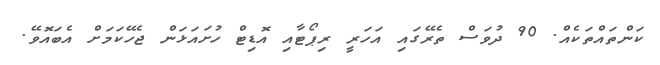
ކަންތައްތަކެއް. 90 ދުވަސް ތެރޭގައި އަހަރީ ރިޕޯޓާއި އޮޑިޓް ހުށައަޅަން ޖެހޭކަމަށް އެބައޮވޭ.